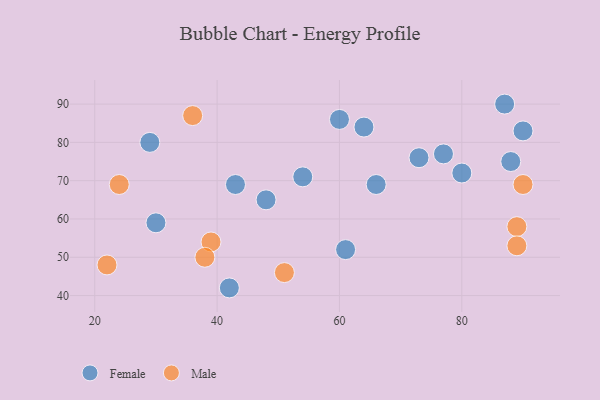
{"axis": {"x": "GDP", "y": "Life Expectancy"}, "legend": ["Female", "Male"], "data": [{"x": "77", "y": 77, "type": "Female"}, {"x": "30", "y": 59, "type": "Female"}, {"x": "54", "y": 71, "type": "Female"}, {"x": "42", "y": 42, "type": "Female"}, {"x": "29", "y": 80, "type": "Female"}, {"x": "64", "y": 84, "type": "Female"}, {"x": "48", "y": 65, "type": "Female"}, {"x": "43", "y": 69, "type": "Female"}, {"x": "87", "y": 90, "type": "Female"}, {"x": "90", "y": 83, "type": "Female"}, {"x": "61", "y": 52, "type": "Female"}, {"x": "88", "y": 75, "type": "Female"}, {"x": "66", "y": 69, "type": "Female"}, {"x": "80", "y": 72, "type": "Female"}, {"x": "73", "y": 76, "type": "Female"}, {"x": "60", "y": 86, "type": "Female"}, {"x": "89", "y": 58, "type": "Male"}, {"x": "90", "y": 69, "type": "Male"}, {"x": "39", "y": 54, "type": "Male"}, {"x": "36", "y": 87, "type": "Male"}, {"x": "22", "y": 48, "type": "Male"}, {"x": "24", "y": 69, "type": "Male"}, {"x": "51", "y": 46, "type": "Male"}, {"x": "38", "y": 50, "type": "Male"}, {"x": "89", "y": 53, "type": "Male"}]}